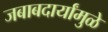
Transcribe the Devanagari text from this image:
जबाबदार्यांमुळे